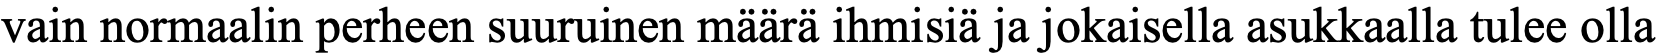
vain normaalin perheen suuruinen määrä ihmisiä ja jokaisella asukkaalla tulee olla